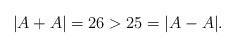
LaTeX: \begin{align*}|A+A| = 26 > 25 = |A -A|.\end{align*}